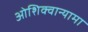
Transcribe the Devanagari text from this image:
ओशिक्वान्यामा